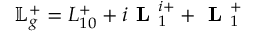
\mathbb { L } _ { g } ^ { + } = L _ { 1 0 } ^ { + } + i \textbf { L } _ { 1 } ^ { i + } + \textbf { L } _ { 1 } ^ { + }